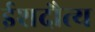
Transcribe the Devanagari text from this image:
ईशदौत्य